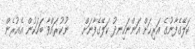
ކަލޭގެފާނުގެ އަރިހަށް އަންނަހިނދު ކަލޭގެފާނަށް    ނުކުރައްވާ ބަހަކުން އެއުރެން